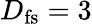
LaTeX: D_{\mathrm{fs}}=3